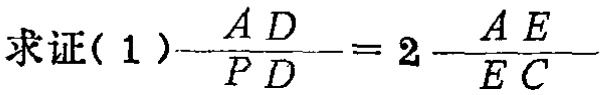
求证( 1 )$\frac{AD}{PD}=2 - \frac{AE}{EC}$